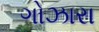
ગોઝારા